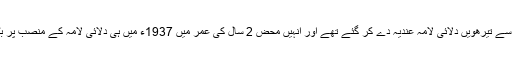
چودھویں دلائی لامہ تنزن گیاتسو کے حوالے سے تیرھویں دلائی لامہ عندیہ دے کر گئے تھے اور انہیں محض 2 سال کی عمر میں 1937ء میں ہی دلائی لامہ کے منصب پر بٹھائے جانے کی تیاریاں شروع کی گئی تھیں۔